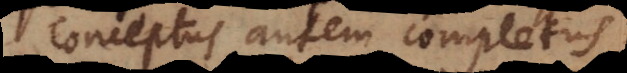
Conceptus autem completus